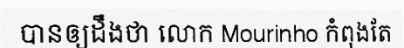
បានឲ្យដឹងថា លោក Mourinho កំពុងតែ